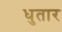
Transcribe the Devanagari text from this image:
धुतार